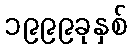
၁၉၉၉ခုနှစ်